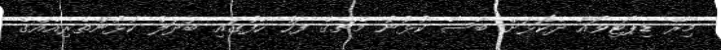
މިރޭ ޑިޕޯޓިވޯއާ ދެކޮޅަށް ބާސާ ކުޅުނު މެޗުގެ ފަހު ހާފުގައި ބަދަލު ކުޅުންތެރިއެއްގެ